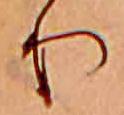
り